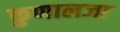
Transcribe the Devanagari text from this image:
कुणालजा